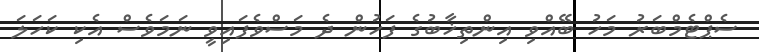
ސެޕްޓެމްބަރު މަހު ބޭއްވި އިންތިޚާބުގެ ފަހުން ދެ މަސްވެފައިވީ ނަމަވެސް އެކި ކަހަލަ